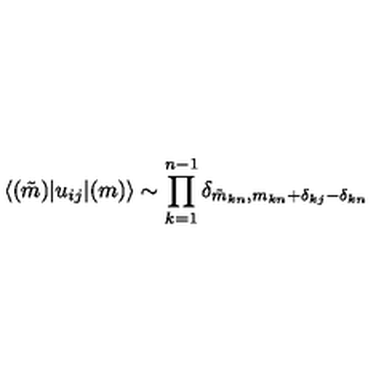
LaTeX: \langle ( \tilde { m } ) | u _ { i j } | ( m ) \rangle \sim \prod _ { k = 1 } ^ { n - 1 } \delta _ { \tilde { m } _ { k n } , m _ { k n } + \delta _ { k j } - \delta _ { k n } }